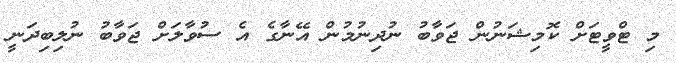
މި ޓްވީޓަށް ކޮމިޝަނުން ޖަވާބު ނުދިނުމުން އޭނާގެ އެ ސުވާލަށް ޖަވާބު ނުލިބިދަނީ